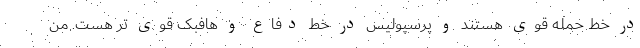
در خط حمله قوی هستند و پرسپولیس در خط دفاع و هافبک قوی تر هست. من